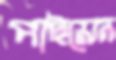
পাইয়েন